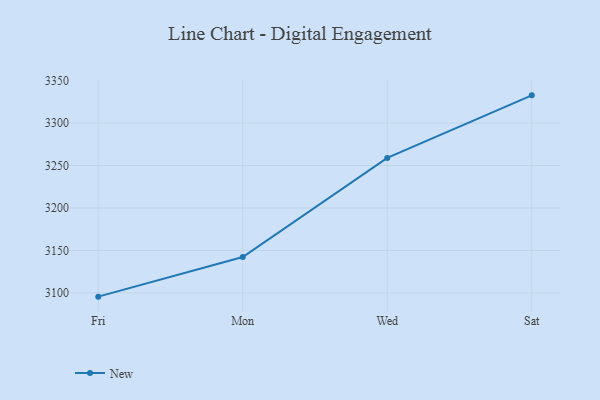
{"axis": {"x": "Day", "y": "Temperature (°C)"}, "legend": ["New"], "data": [{"x": "Fri", "y": 3095.6, "type": "New"}, {"x": "Mon", "y": 3142.3, "type": "New"}, {"x": "Wed", "y": 3259.0, "type": "New"}, {"x": "Sat", "y": 3332.7, "type": "New"}]}